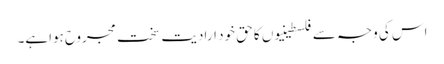
اس کی وجہ سے فلسطینیوں کا حق خود ارادیت سخت مجروح ہواہے۔